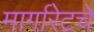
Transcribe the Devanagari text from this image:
मार्गारेटचे